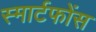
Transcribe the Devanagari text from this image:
स्मार्टफोंस